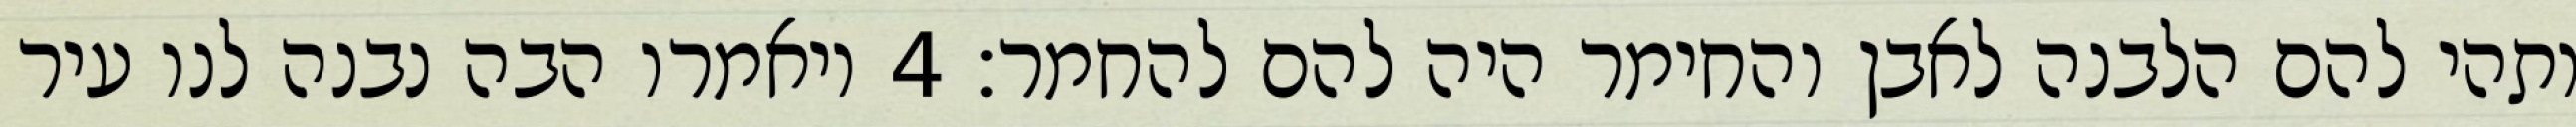
ותהי להם הלבנה לאבן והחימר היה להם להחמר׃ ‎4‏ ויאמרו הבה נבנה לנו עיר